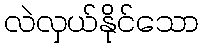
လဲလှယ်နိုင်သော